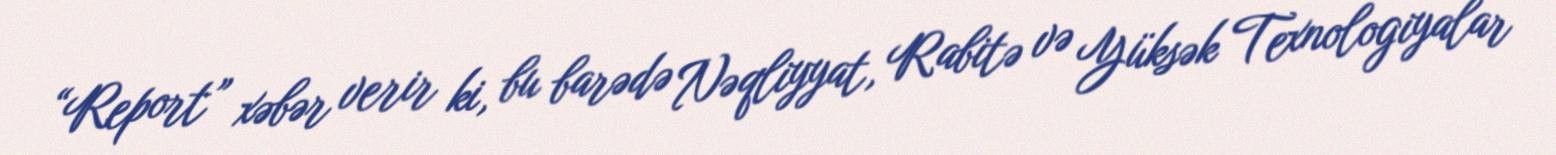
“Report” xəbər verir ki, bu barədə Nəqliyyat, Rabitə və Yüksək Texnologiyalar